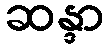
ဆန္ဒာ